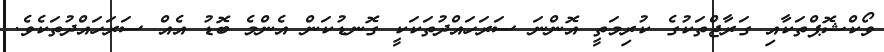
ވޯކްޝޮޕްތަކާއި ގަރާޖްތަކުގެ ކުރިމަތީ އޮންނަ ސަރަހައްދުތަކަކީ ގޮނޑުކަން އެންމެ ބޮޑު އެއް ސަރަހައްދުތަކެވެ.